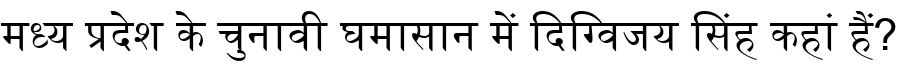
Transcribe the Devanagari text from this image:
मध्य प्रदेश के चुनावी घमासान में दिग्विजय सिंह कहां हैं?